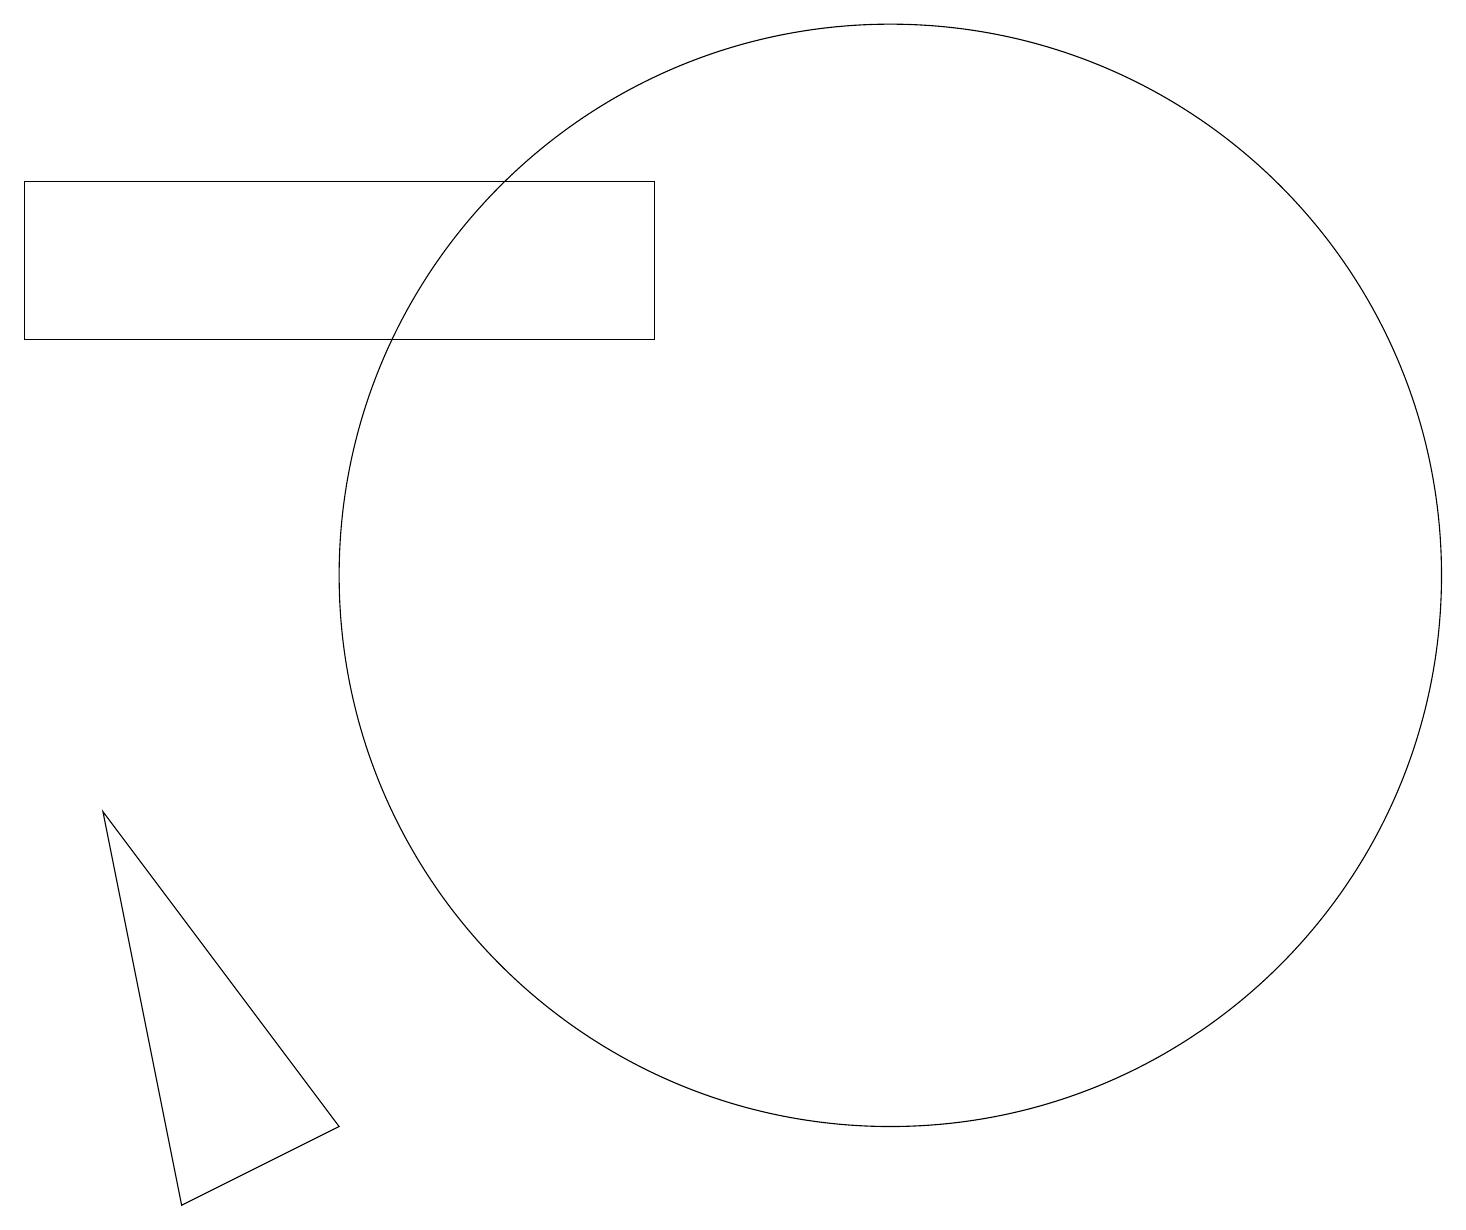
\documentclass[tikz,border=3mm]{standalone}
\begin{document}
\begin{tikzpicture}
\draw (11,12) circle (7);
\draw (1,9) -- (4,5) -- (2,4) -- cycle;
\draw (0,17) rectangle (8,15);
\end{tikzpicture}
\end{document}